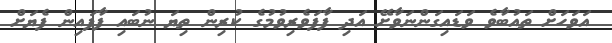
އަވަހަށް ތައުބާވެ ވަޑައިގަންނަވާށޭ އަދި ފާފަވެރިވުމުގެ ކުރިން ތިޔަ ނުބައި ފާފައިން ފެޔަށް